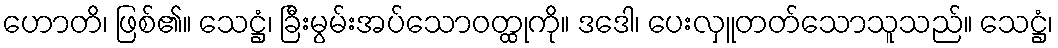
ဟောတိ၊ ဖြစ်၏။ သေဋ္ဌံ၊ ခြီးမွမ်းအပ်သောဝတ္ထုကို။ ဒဒေါ၊ ပေးလှူတတ်သောသူသည်။ သေဋ္ဌံ၊